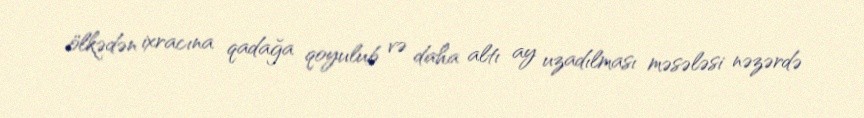
ölkədən ixracına qadağa qoyulub və daha altı ay uzadılması məsələsi nəzərdə